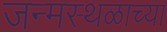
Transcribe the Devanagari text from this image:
जन्मस्थळाच्या